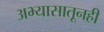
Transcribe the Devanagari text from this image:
अभ्यासातूनही